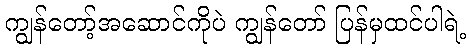
ကျွန်တော့်အဆောင်ကိုပဲ ကျွန်တော် ပြန်မှထင်ပါရဲ့